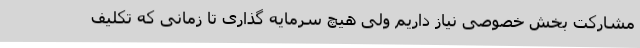
مشارکت بخش خصوصی نیاز داریم ولی هیچ سرمایه گذاری تا زمانی که تکلیف